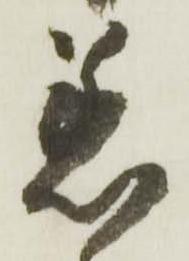
着